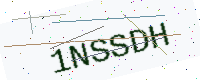
Text: 1NSSDH